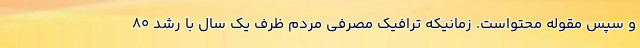
و سپس مقوله محتواست. زمانیکه ترافیک مصرفی مردم ظرف یک سال با رشد 80